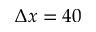
\Delta x = 4 0